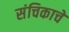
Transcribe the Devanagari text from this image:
संचिकाचे